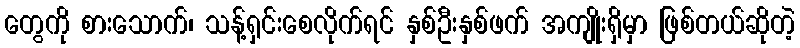
တွေကို စားသောက်၊ သန့်ရှင်းစေလိုက်ရင် နှစ်ဦးနှစ်ဖက် အကျိုးရှိမှာ ဖြစ်တယ်ဆိုတဲ့